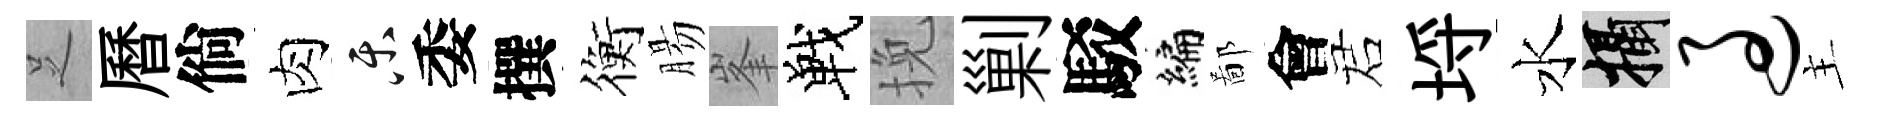
𠯁曆倘肉乐委撰衡腸峯戰挽剿駁编鄙會诺埓水攝过主